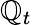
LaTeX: \mathbb{Q}_{t}